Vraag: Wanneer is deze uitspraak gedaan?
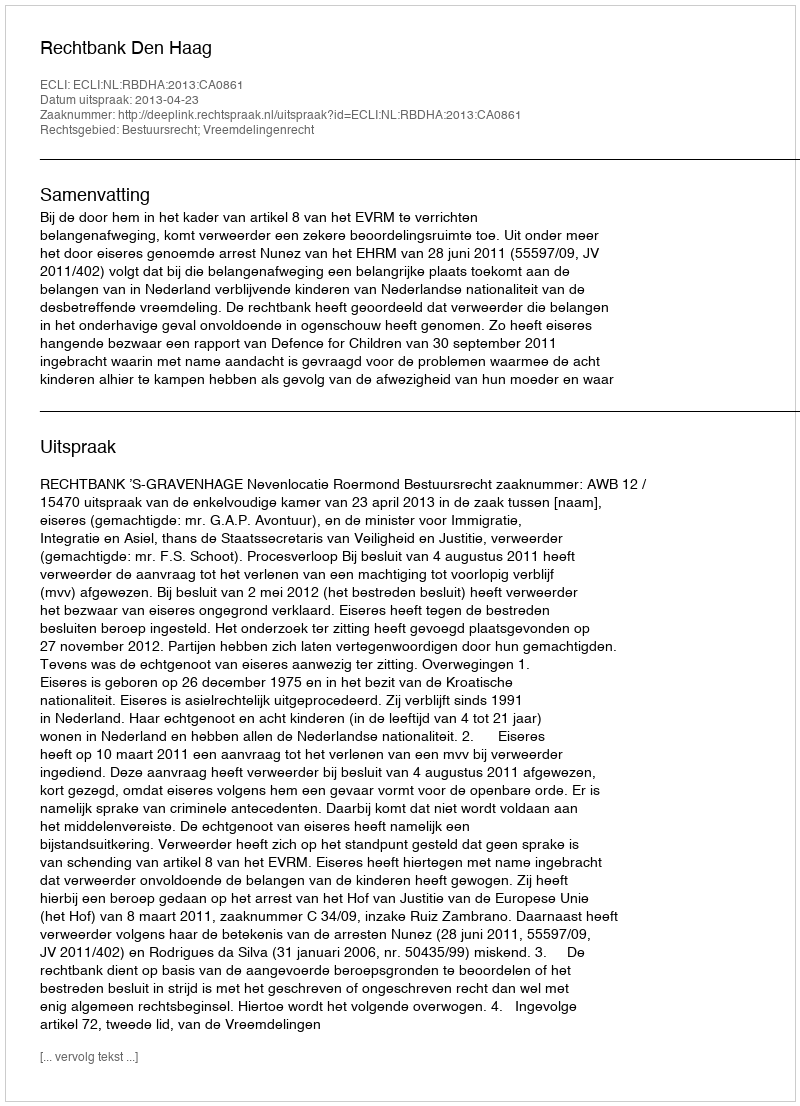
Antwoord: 2013-04-23